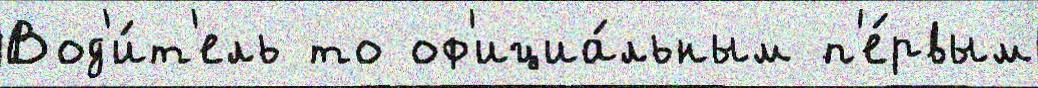
Вод'и́т'ель то оф'ициа́льным п'е́рвым